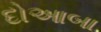
દોઆબા